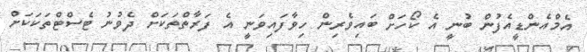
އެމްއެންޑީއެފުން ބުނީ އެ ކޯހަށް ބައިވެރިން ހިވާފައިވަނީ އެ ފަރާތްތަކަށް ދެވުނު ޓެސްޓްތަކަކަށް